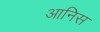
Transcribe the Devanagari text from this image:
आनिस